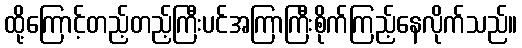
ထို့ကြောင့်တည့်တည့်ကြီးပင်အကြာကြီးစိုက်ကြည့်နေလိုက်သည်။